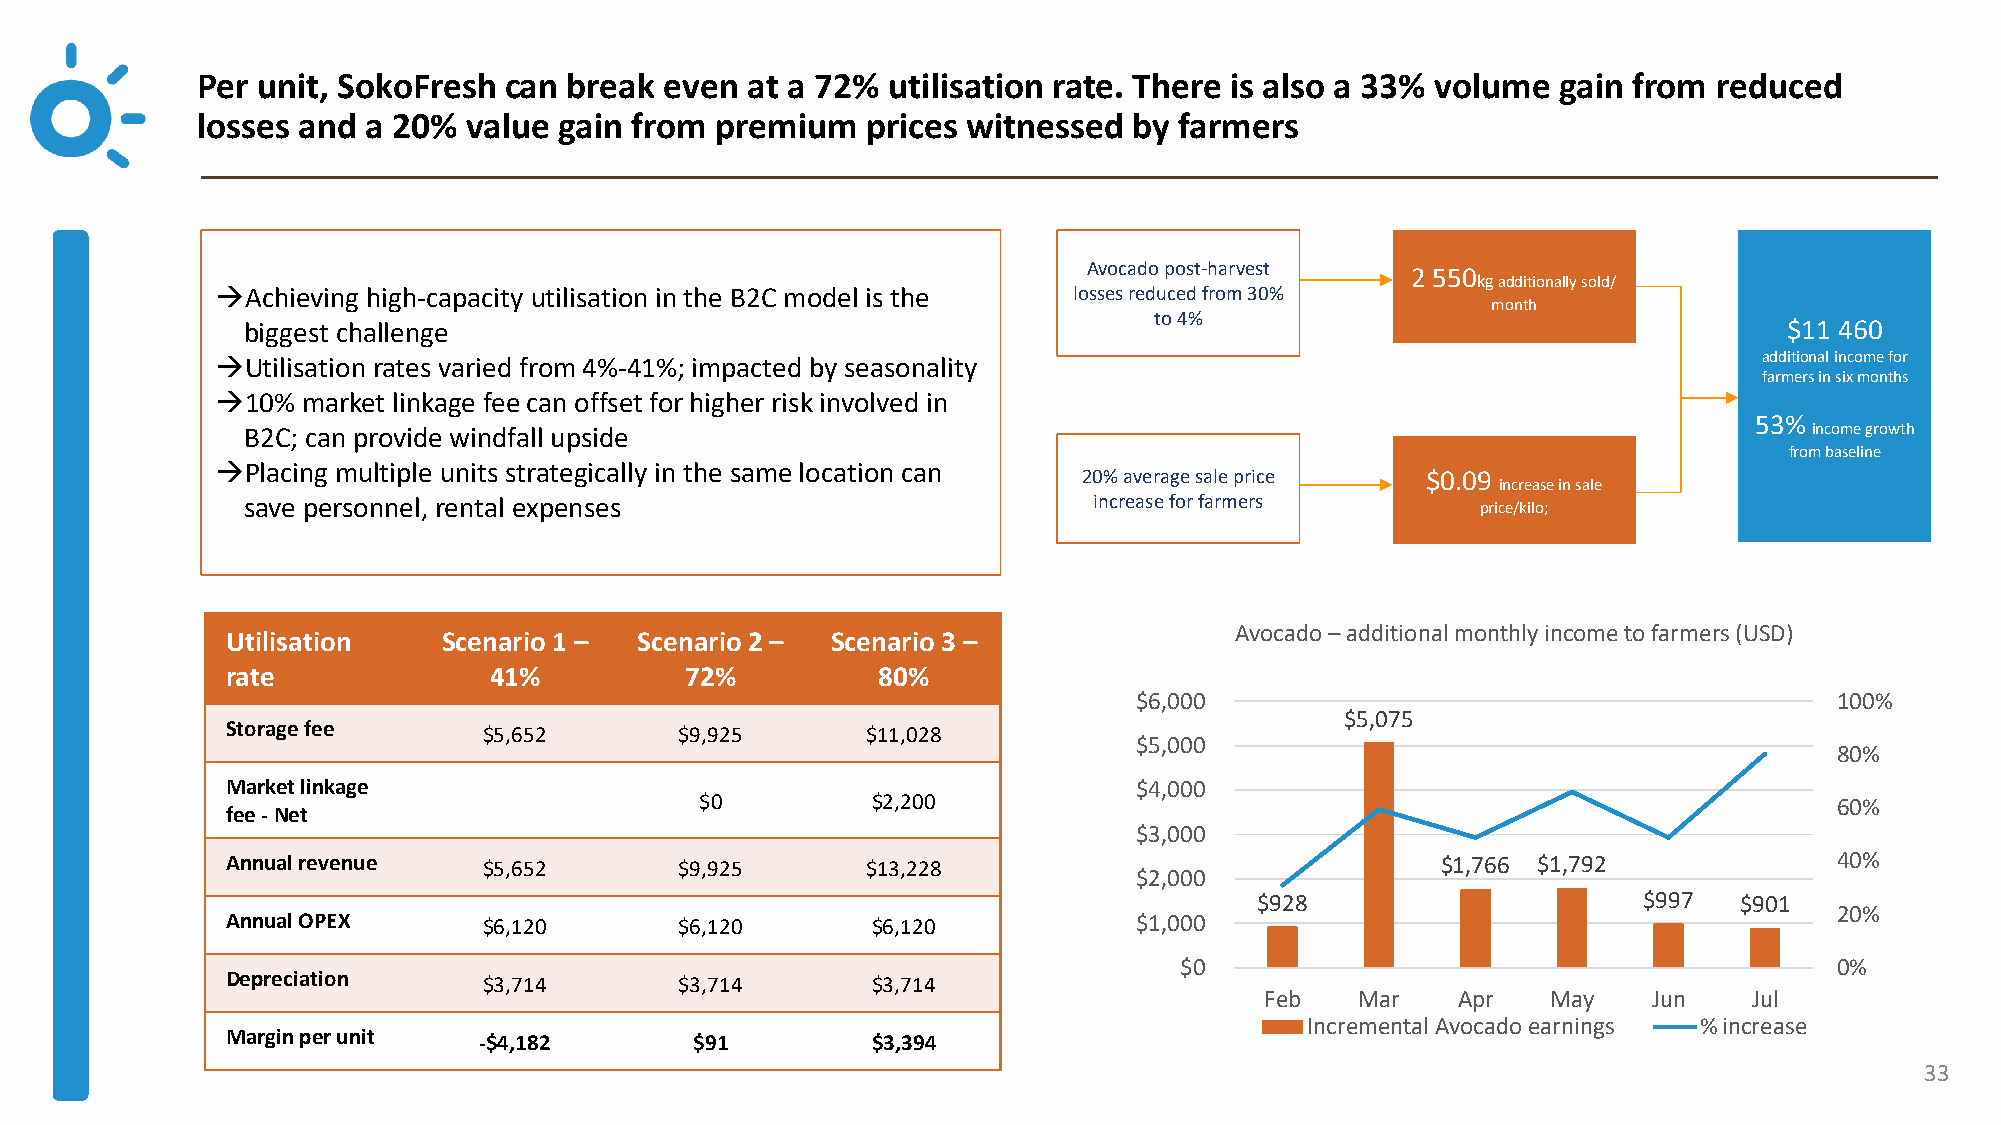
Per unit, SokoFresh can  break even at a 72%  utilisation rate. There is also a 33% volume gain from reduced
 losses and a 20%  value gain from premium   prices witnessed  by farmers
 Avocado post-harvest 2 550
 kgadditionally sold/
 →Achieving high-capacity utilisation in the B2C model is the losses reduced from 30%
 month
 to 4%
 biggest challenge                                                                                     $11 460
 →Utilisation rates varied from 4%-41%; impacted by seasonality                                         additional income for
 farmers in six months
 →10%  market linkage fee can offset for higher risk involved in
 53%
 B2C; can provide windfall upside                                                                        income growth
 from baseline
 →Placing multiple units strategically in the same location can
 20% average sale price $0.09
 increase in sale
 save personnel, rental expenses                         increase for farmers      price/kilo;
 Avocado –additional monthly income to farmers (USD)
 Utilisation   Scenario 1 – Scenario 2 – Scenario 3 –
 rate             41%          72%          80%
 $6,000                                         100%
 $5,075
 Storage fee      $5,652       $9,925      $11,028
 $5,000
 80%
 Market linkage                                              $4,000
 $0          $2,200                                                          60%
 fee -Net
 $3,000
 Annual revenue   $5,652       $9,925      $13,228                               $1,766 $1,792              40%
 $2,000
 $928                      $997  $901
 20%
 Annual OPEX      $6,120       $6,120       $6,120           $1,000
 $0                                          0%
 Depreciation     $3,714       $3,714       $3,714
 Feb   Mar   Apr    May   Jun    Jul
 Incremental Avocado earnings % increase
 Margin per unit  -$4,182       $91         $3,394
 33